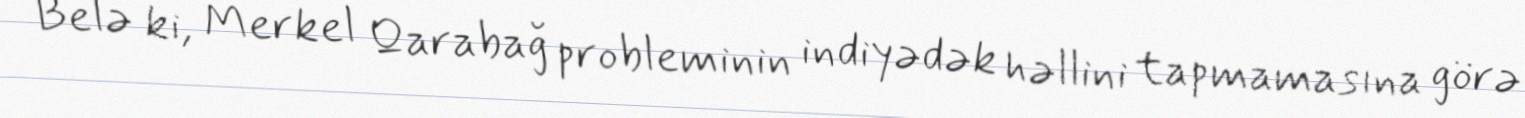
Belə ki, Merkel Qarabağ probleminin indiyədək həllini tapmamasına görə